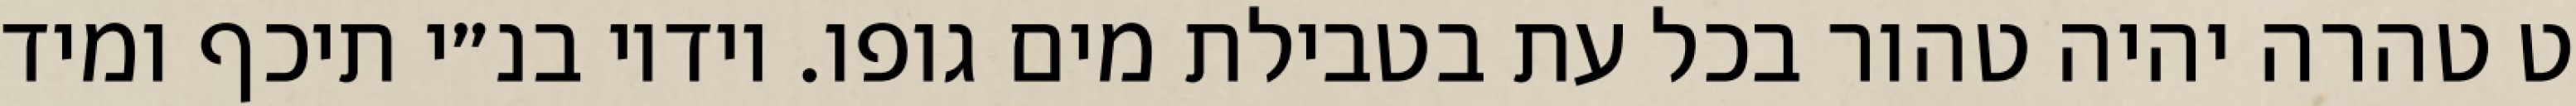
ט טהרה יהיה טהור בכל עת בטבילת מים גופו. וידיו בנ״י תיכף ומיד